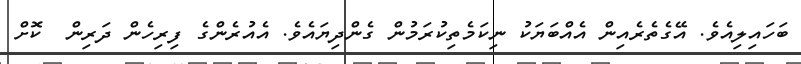
ބަހައިލިއެވެ. އޭގެތެރެއިން އެއްބަޔަކު ނިކަމެތިކުރަމުން ގެންދިޔައެވެ. އެއުރެންގެ ފިރިހެން ދަރިން  ކޮށް